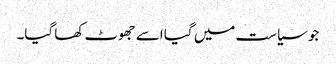
جو سیاست میں گیا اسے جھوٹ کھا گیا۔